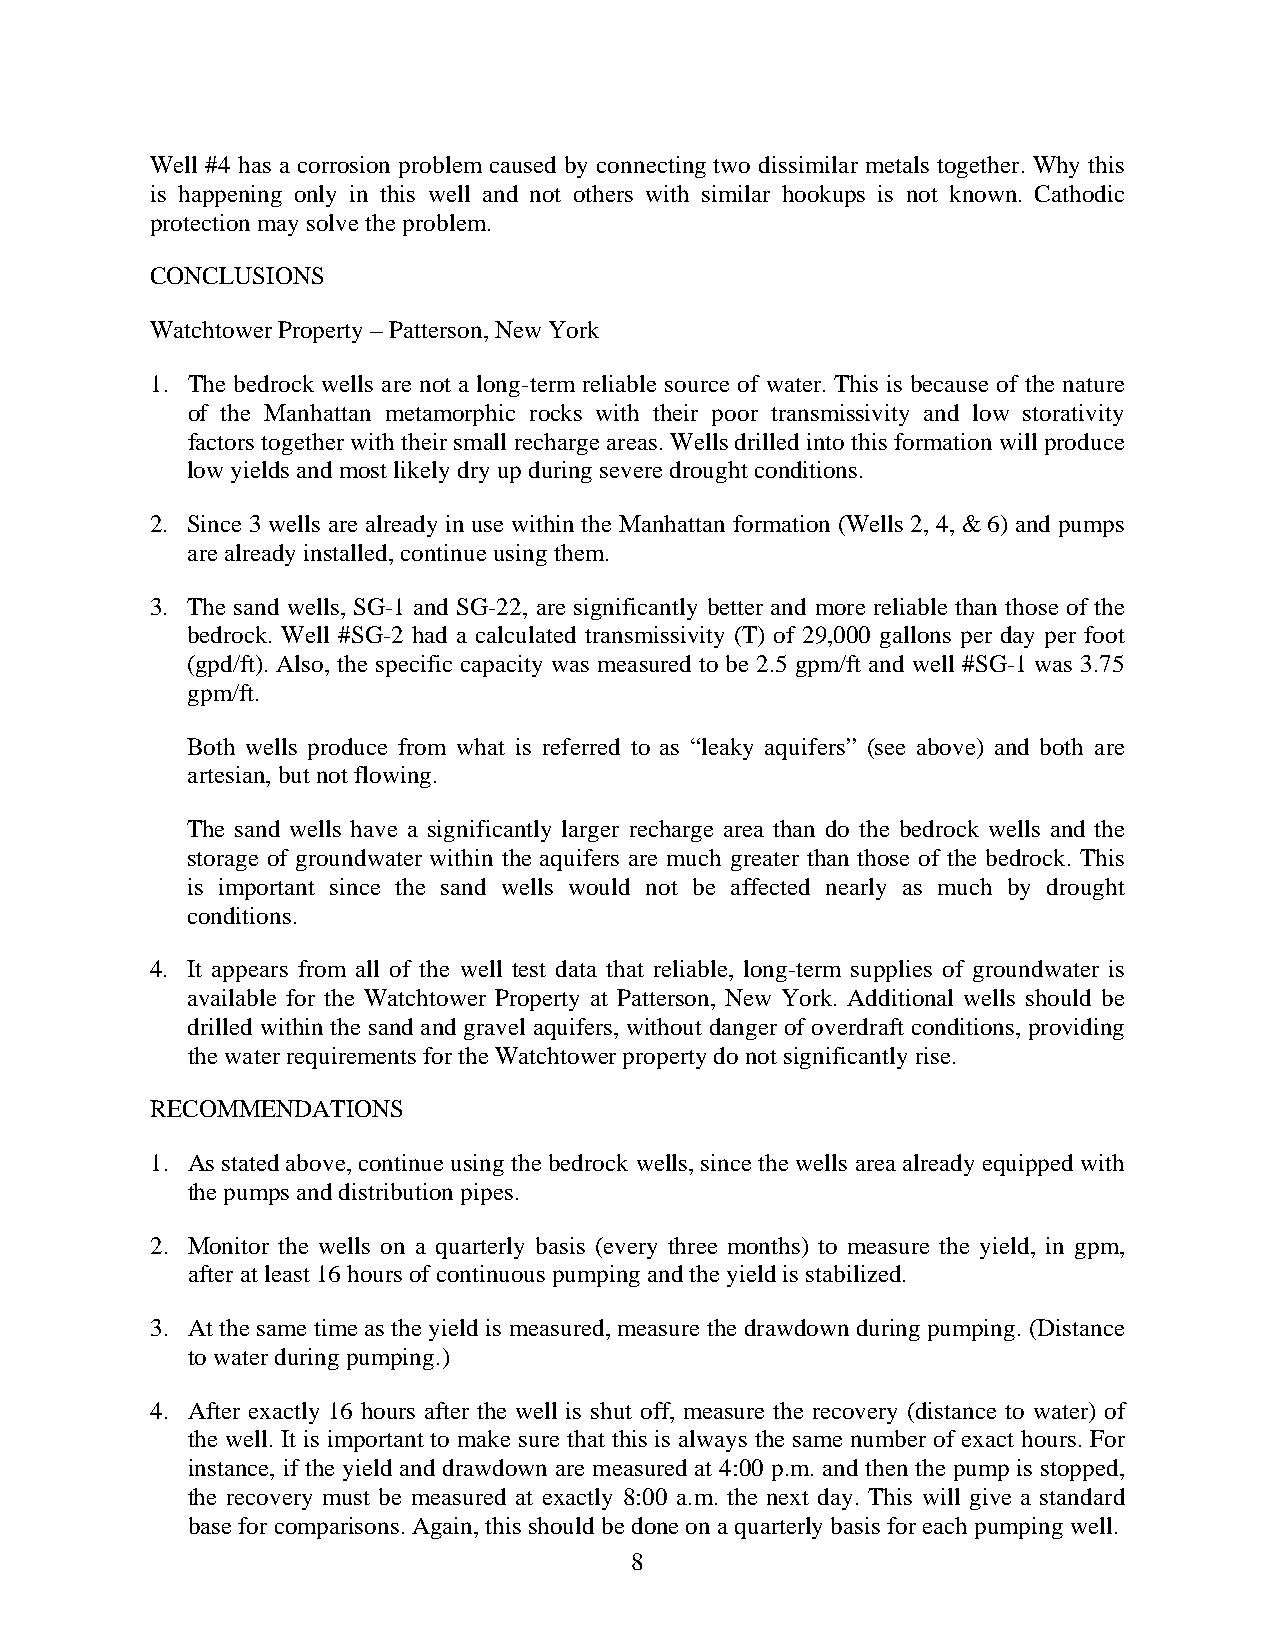
Well #4 has a corrosion problem caused by connecting two dissimilar metals together. Why this
 is happening only in this well and not others with similar hookups is not known. Cathodic
 protection may solve the problem.
 CONCLUSIONS
 Watchtower Property – Patterson, New York
 1. The bedrock wells are not a long-term reliable source of water. This is because of the nature
 of the Manhattan metamorphic rocks with their poor transmissivity and low storativity
 factors together with their small recharge areas. Wells drilled into this formation will produce
 low yields and most likely dry up during severe drought conditions.
 2. Since 3 wells are already in use within the Manhattan formation (Wells 2, 4, & 6) and pumps
 are already installed, continue using them.
 3. The sand wells, SG-1 and SG-22, are significantly better and more reliable than those of the
 bedrock. Well #SG-2 had a calculated transmissivity (T) of 29,000 gallons per day per foot
 (gpd/ft). Also, the specific capacity was measured to be 2.5 gpm/ft and well #SG-1 was 3.75
 gpm/ft.
 Both wells produce from what is referred to as “leaky aquifers” (see above) and both are
 artesian, but not flowing.
 The sand wells have a significantly larger recharge area than do the bedrock wells and the
 storage of groundwater within the aquifers are much greater than those of the bedrock. This
 is important since the sand wells would not be affected nearly as much by drought
 conditions.
 4. It appears from all of the well test data that reliable, long-term supplies of groundwater is
 available for the Watchtower Property at Patterson, New York. Additional wells should be
 drilled within the sand and gravel aquifers, without danger of overdraft conditions, providing
 the water requirements for the Watchtower property do not significantly rise.
 RECOMMENDATIONS
 1. As stated above, continue using the bedrock wells, since the wells area already equipped with
 the pumps and distribution pipes.
 2. Monitor the wells on a quarterly basis (every three months) to measure the yield, in gpm,
 after at least 16 hours of continuous pumping and the yield is stabilized.
 3. At the same time as the yield is measured, measure the drawdown during pumping. (Distance
 to water during pumping.)
 4. After exactly 16 hours after the well is shut off, measure the recovery (distance to water) of
 the well. It is important to make sure that this is always the same number of exact hours. For
 instance, if the yield and drawdown are measured at 4:00 p.m. and then the pump is stopped,
 the recovery must be measured at exactly 8:00 a.m. the next day. This will give a standard
 base for comparisons. Again, this should be done on a quarterly basis for each pumping well.
 8